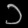
Digit: ၁